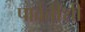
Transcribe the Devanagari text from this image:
पार्वतीशी